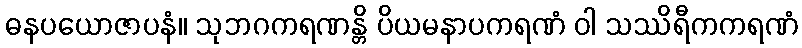
ဓနပယောဇာပနံ။ သုဘဂကရဏန္တိ ပိယမနာပကရဏံ ဝါ သဿိရီကကရဏံ